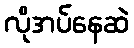
လိုအပ်နေဆဲ